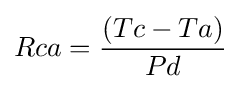
Rca={\frac {(Tc-Ta)}{Pd}}